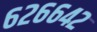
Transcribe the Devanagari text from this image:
६२६६४२